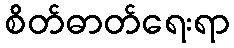
စိတ်ဓာတ်ရေးရာ